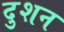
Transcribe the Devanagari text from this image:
दुशन